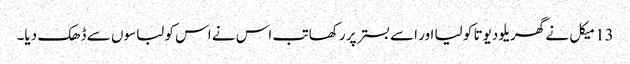
13 میکل نے گھریلو دیوتا کو لیا اور اسے بستر پر رکھا تب اس نے اس کو لباسوں سے ڈھک دیا۔